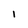
Character: 1